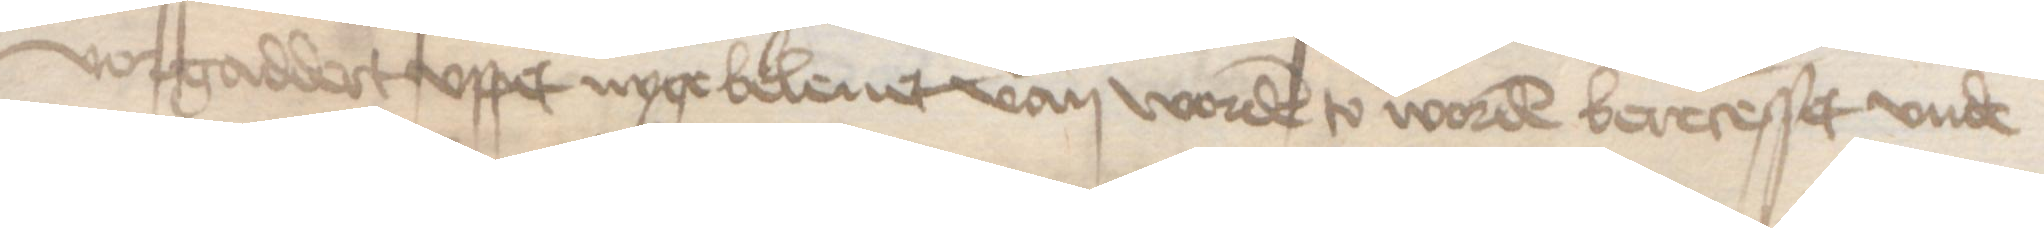
vorgaddert vppet nyge beleuet van worden to worden berecesset vnde